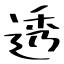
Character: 透